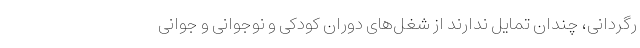
رگردانی، چندان تمایل ندارند از شغل‌های دوران کودکی و نوجوانی و جوانی